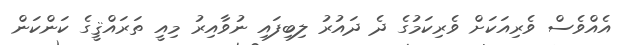
އެއްވެސް ވެރިއަކަށް ވެރިކަމުގެ ދެ ދައުރު ލިބިފައި ނުވާއިރު މިއީ ތަރައްޤީގެ ކަންކަން